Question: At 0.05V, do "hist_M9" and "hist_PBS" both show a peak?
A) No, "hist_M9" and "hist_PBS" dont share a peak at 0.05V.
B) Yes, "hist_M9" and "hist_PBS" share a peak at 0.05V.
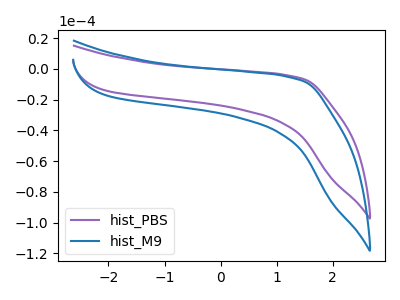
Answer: <think>The purple curve "hist_PBS" has no peaks. The blue curve "hist_M9" has no peaks.</think>
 <answer>A) No, "hist_M9" and "hist_PBS" dont share a peak at 0.05V.</answer>
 <eval>A</eval>